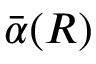
\bar { \alpha } ( R )